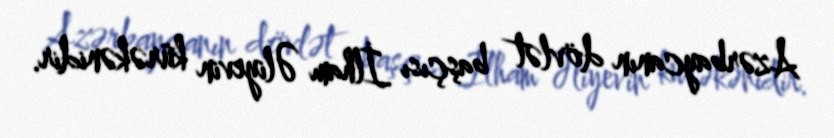
Azərbaycanın dövlət başçısı İlham Əliyevin kürəkənidir.